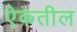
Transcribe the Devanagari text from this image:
ऐकतील